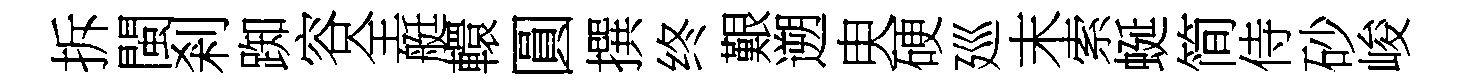
拆閩剎踟容全艇轘圓撰终艱遡㬰硬廵末索蜒简侍砂峻